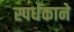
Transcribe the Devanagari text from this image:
स्पर्धकाने